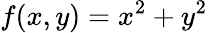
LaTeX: f(x,y)=x^{2}+y^{2}